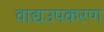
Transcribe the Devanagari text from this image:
वाद्यउपकरण